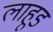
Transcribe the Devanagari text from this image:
लाहूड